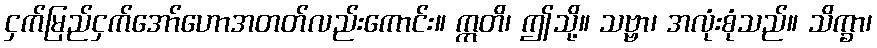
ငှက်မြည်ငှက်အော်ဟောအတတ်လည်းကောင်း။ ဣတိ၊ ဤသို့။ သဗ္ဗာ၊ အလုံးစုံသည်။ သိက္ခာ၊